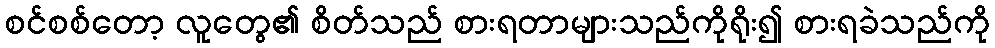
စင်စစ်တော့ လူတွေ၏ စိတ်သည် စားရတာများသည်ကိုရိုး၍ စားရခဲသည်ကို